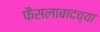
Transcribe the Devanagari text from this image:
फैसलाबादच्या